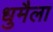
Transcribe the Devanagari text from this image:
धुमैला